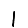
Digit: 1